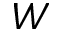
W